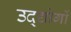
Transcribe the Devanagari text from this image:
उद्द्योगों